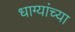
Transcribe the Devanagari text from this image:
धाग्यांच्या